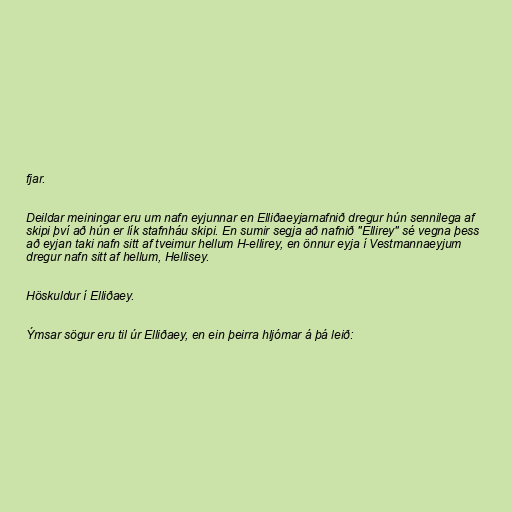
fjar.

Deildar meiningar eru um nafn eyjunnar en Elliðaeyjarnafnið dregur hún sennilega af
skipi því að hún er lík stafnháu skipi. En sumir segja að nafnið "Ellirey" sé vegna þess
að eyjan taki nafn sitt af tveimur hellum H-ellirey, en önnur eyja í Vestmannaeyjum
dregur nafn sitt af hellum, Hellisey.

Höskuldur í Elliðaey.

Ýmsar sögur eru til úr Elliðaey, en ein þeirra hljómar á þá leið: